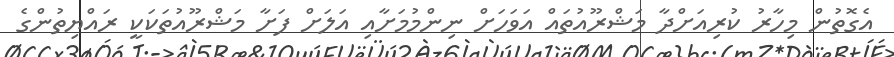
އެގޮތުން މިހާރު ކުރިއަށްދާ މަޝްރޫއުތައް އަވަހަށް ނިންމުމަށާއި އަލަށް ފަށާ މަޝްރޫއުތަކަކީ ރައްޔިތުންގެ